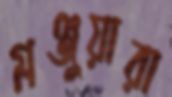
মঞ্জুয়ারা